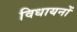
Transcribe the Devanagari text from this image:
विधायनों